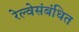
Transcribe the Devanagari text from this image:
रेल्वेसंबंधित